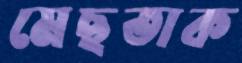
মেছতাক